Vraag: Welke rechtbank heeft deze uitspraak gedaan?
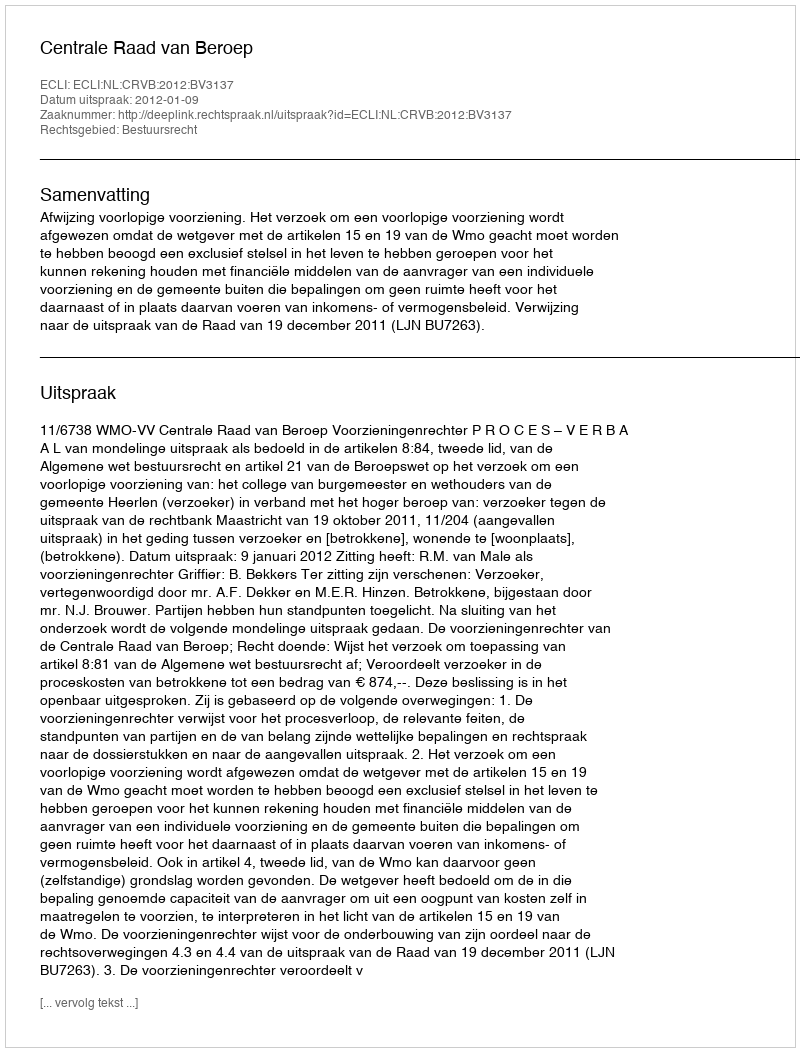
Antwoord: Centrale Raad van Beroep